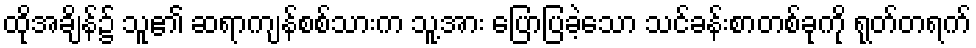
ထိုအချိန်၌ သူ၏ ဆရာကျန်စစ်သားက သူ့အား ပြောပြခဲ့သော သင်ခန်းစာတစ်ခုကို ရုတ်တရက်